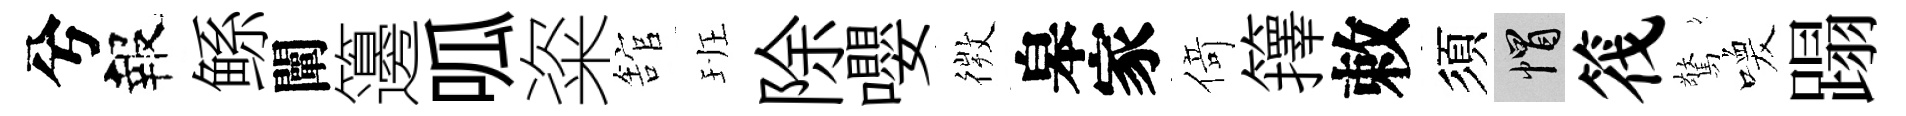
兮報鲧闡籩呱粢舘班除嚶𢕄皋家𠋣籜敕須帽筏驚喚蹋